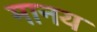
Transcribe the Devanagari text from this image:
मानय